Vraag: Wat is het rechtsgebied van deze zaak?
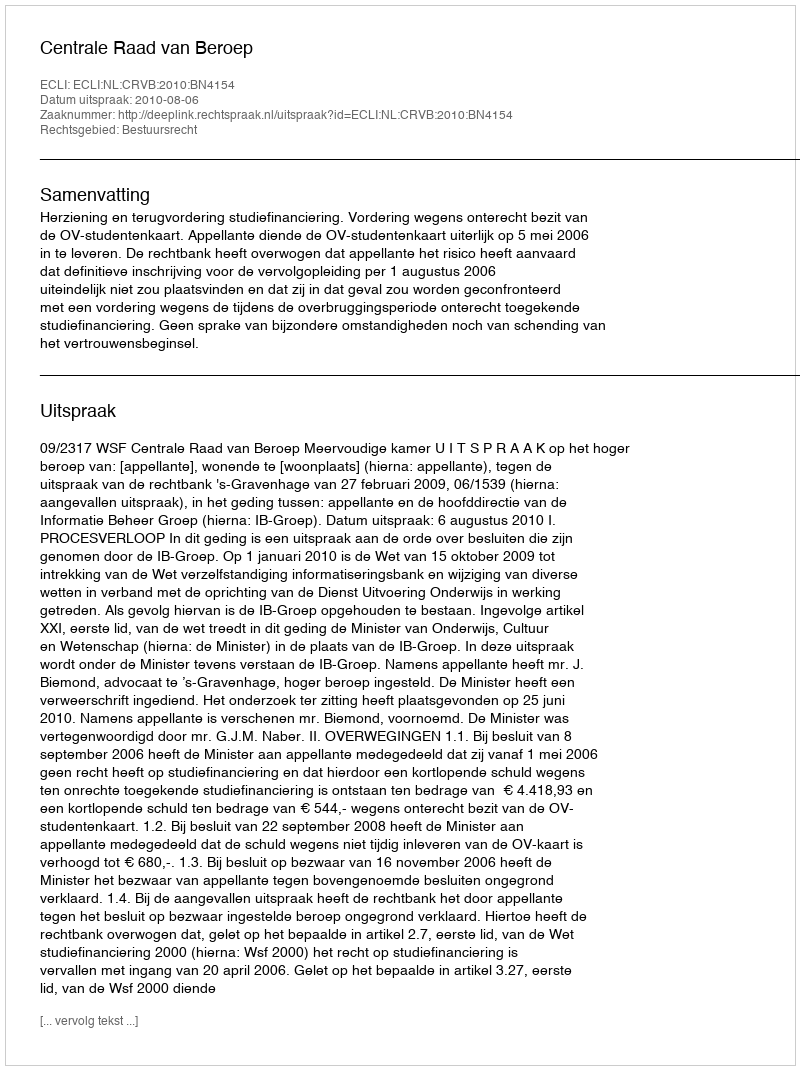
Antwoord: Bestuursrecht